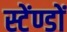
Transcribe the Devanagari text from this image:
स्टेंण्डों